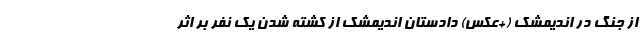
از جنگ در اندیمشک (+عکس) دادستان اندیمشک از کشته شدن یک نفر بر اثر